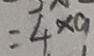
= 4 \times 9